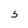
Character: 5